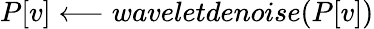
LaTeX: P[v]\longleftarrow waveletdenoise(P[v])